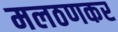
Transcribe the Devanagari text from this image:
मलठणकर